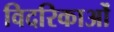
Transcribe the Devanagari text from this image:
विदरिकाओं